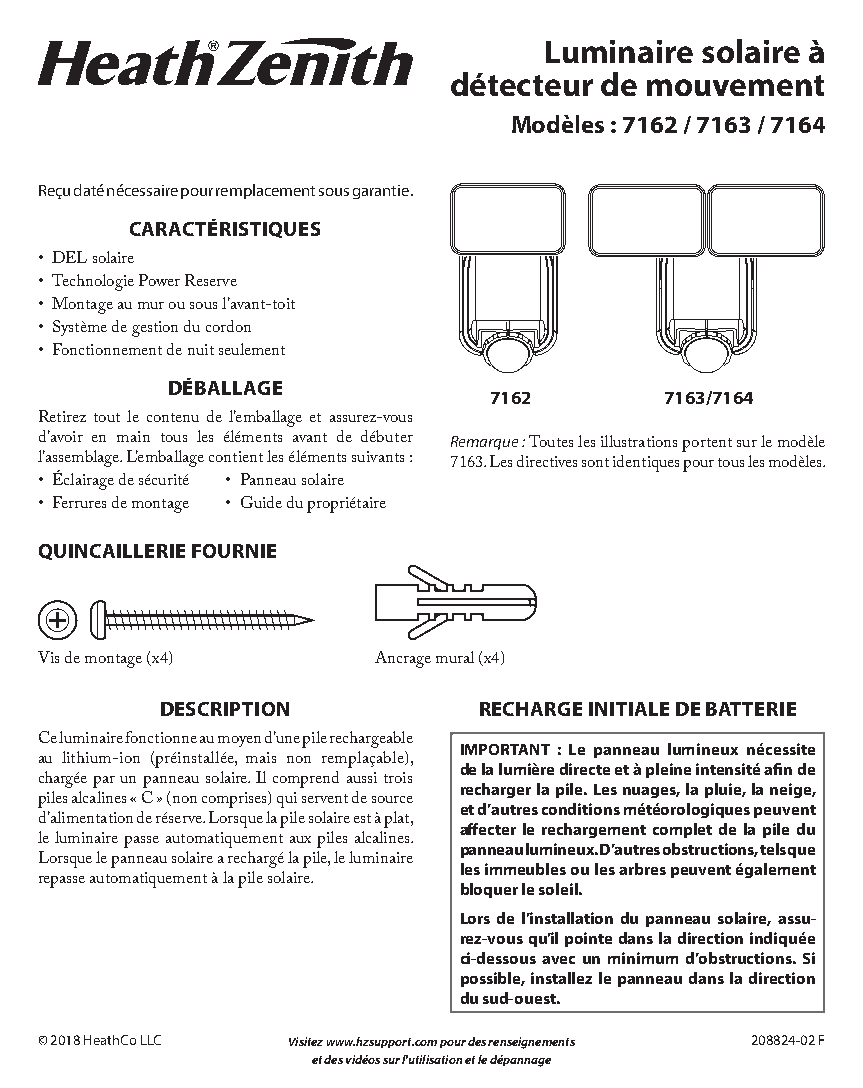
Luminaire solaire à
 détecteur de mouvement
 Modèles : 7162 / 7163 / 7164
 Reçu daté nécessaire pour remplacement sous garantie.
 CARACTÉRISTIQUES
 • DEL solaire
 • Technologie Power Reserve
 • Montage au mur ou sous l’avant-toit
 • Système de gestion du cordon
 W            W
 • Fonctionnement de nuit seulement
 DÉBALLAGE
 7162        7163/7164
 Retirez tout le contenu de l’emballage et assurez-vous
 d’avoir en main tous les éléments avant de débuter Remarque : Toutes les illustrations portent sur le modèle
 l’assemblage. L’emballage contient les éléments suivants : 7163. Les directives sont identiques pour tous les modèles.
 • Éclairage de sécurité • Panneau solaire
 • Ferrures de montage • Guide du propriétaire
 QUINCAILLERIE FOURNIE
 Vis de montage (x4)    Ancrage mural (x4)
 DESCRIPTION          RECHARGE INITIALE DE BATTERIE
 Ce luminaire fonctionne au moyen d’une pile rechargeable IMPORTANT : Le panneau lumineux nécessite
 au lithium-ion (préinstallée, mais non remplaçable), de la lumière directe et à pleine intensité afin de
 chargée par un panneau solaire. Il comprend aussi trois recharger la pile. Les nuages, la pluie, la neige,
 piles alcalines « C » (non comprises) qui servent de source et d’autres conditions météorologiques peuvent
 d’alimentation de réserve. Lorsque la pile solaire est à plat, affecter le rechargement complet de la pile du
 le luminaire passe automatiquement aux piles alcalines. panneau lumineux. D’autres obstructions, tels que
 Lorsque le panneau solaire a rechargé la pile, le luminaire les immeubles ou les arbres peuvent également
 repasse automatiquement à la pile solaire. bloquer le soleil.
 Lors de l’installation du panneau solaire, assu-
 rez-vous qu’il pointe dans la direction indiquée
 ci-dessous avec un minimum d’obstructions. Si
 possible, installez le panneau dans la direction
 du sud-ouest.
 2©0 82802148-0 H2eathCo LLC Visitez www.hzsupport.com pour des renseignements 208824-02 1 7F
 et des vidéos sur l'utilisation et le dépannage